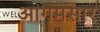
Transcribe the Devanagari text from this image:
आगमसार